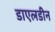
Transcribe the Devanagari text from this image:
डाएलडीन